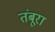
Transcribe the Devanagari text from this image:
तंबूरा